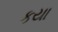
કયા